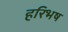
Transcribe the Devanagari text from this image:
हरिभष